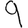
Digit: 9